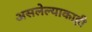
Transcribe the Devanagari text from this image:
असलेल्याकाही